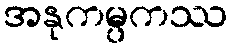
အနုကမ္ပကဿ